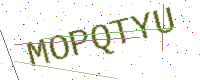
Text: MOPQTYU